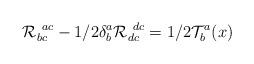
LaTeX: \begin{align*}{\cal R}^{~ac}_{bc} -1/2 \delta^a_b {\cal R}^{~dc}_{dc} = 1/2 {\cal T}^a_b (x)\end{align*}